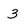
Character: 3